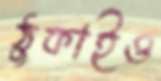
ঠুকাইও